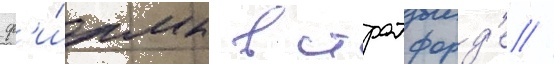
ф'и́рмы в стратфорд'е //